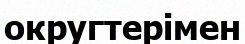
округтерімен